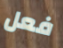
فعل